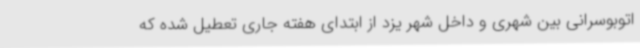
اتوبوسرانی بین شهری و داخل شهر یزد از ابتدای هفته جاری تعطیل شده که